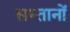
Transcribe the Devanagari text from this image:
सम्तानों